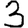
Digit: 3